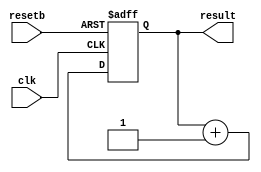
// This program was cloned from: https://github.com/tangxifan/micro_benchmark
// License: MIT License

///////////////////////////////////////////
//  Functionality: Counter with asynchronous reset
////////////////////////////////////////

module counter8_async_resetb (
	clk,
	resetb,
	result
);

	input clk;
	input resetb;
	output [7:0] result;

	reg [7:0] result;

    initial begin
      result <= 0;
    end

	always @(posedge clk or negedge resetb)
	begin
		if (!resetb) 
			result = 0;		
		else 
			result = result + 1;
	end
endmodule